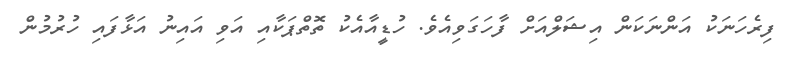
ފިރެހަނަކު އަންނަކަން އިޝަލްއަށް ފާހަގަވިއެވެ. ހުޑީއާއެކު ތޮތްޕަކާއި އަވި އައިނު އަޅާފައި ހުުރުމުން